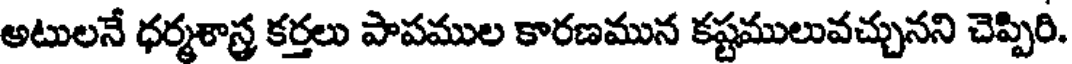
అటులనే ధర్మశాస్త్ర కర్తలు పాపముల కారణమున కష్టములువచ్చునని చెప్పిరి.